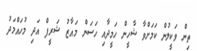
ތިން ވަކީލުން ކަމަށްވާ ޝާހީން ހަމީދާއި ހަސަން މައާޒު ޝަރީފް އަދި މުހައްމަދު